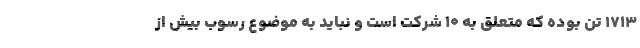
١٧١٣ تن بوده که متعلق به ۱۰ شرکت است و نباید به موضوع رسوب بیش از